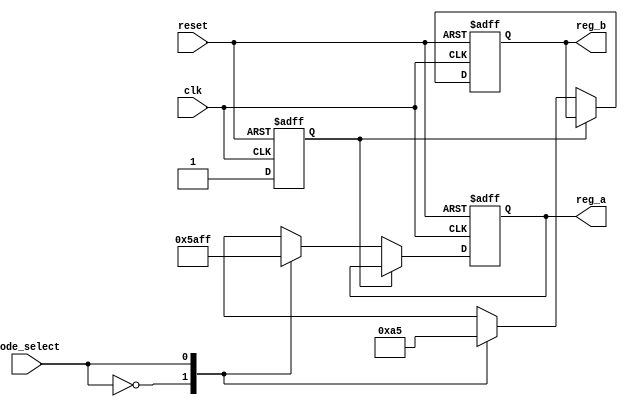
module conditional_initialization #(
    parameter INIT_VALUE_A = 8'hFF,  // Default initialization value for reg_a
    parameter INIT_VALUE_B = 8'h00   // Default initialization value for reg_b
) (
    input wire clk,               // Clock signal
    input wire reset,             // Reset signal
    input wire mode_select,       // Mode selection signal for conditional init
    output reg [7:0] reg_a,       // Register A
    output reg [7:0] reg_b        // Register B
);
    
    // State management
    reg initialized;
    
    always @(posedge clk or posedge reset) begin
        if (reset) begin
            // Always reset all registers to their default values
            reg_a <= INIT_VALUE_A;
            reg_b <= INIT_VALUE_B;
            initialized <= 1'b0;  // Reset initialization status
        end else begin
            // Conditional initialization based on mode_select
            if (!initialized) begin
                case (mode_select)
                    1'b0: begin
                        // Mode 0: Initialize reg_a with specific value
                        reg_a <= 8'h5A;  // Example value for mode 0
                        reg_b <= INIT_VALUE_B; // reg_b retains default value
                    end
                    
                    1'b1: begin
                        // Mode 1: Initialize reg_b with specific value
                        reg_a <= INIT_VALUE_A; // reg_a retains default value
                        reg_b <= 8'hA5;  // Example value for mode 1
                    end
                    
                    default: begin
                        // Default case: No specific action, retain previous values
                        reg_a <= reg_a; 
                        reg_b <= reg_b; 
                    end
                endcase
                
                // Mark initialized after the first initialization
                initialized <= 1'b1;
            end
        end
    end

endmodule